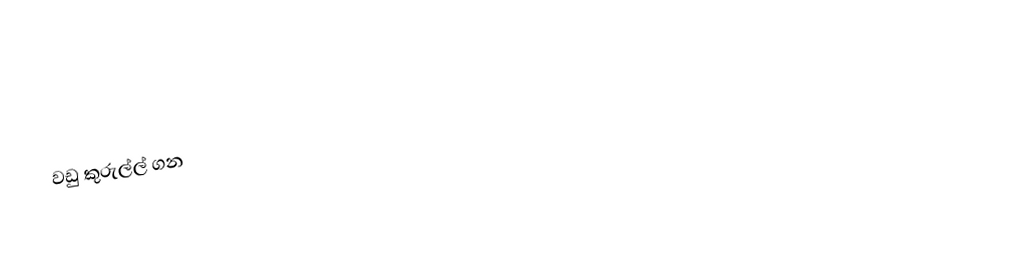
වඩු කුරුල්ල් ගන